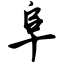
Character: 阜